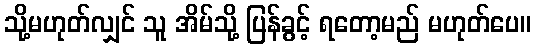
သို့မဟုတ်လျှင် သူ အိမ်သို့ ပြန်ခွင့် ရတော့မည် မဟုတ်ပေ။